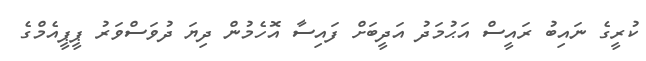
ކުރީގެ ނައިބު ރައީސް އަޙުމަދު އަދީބަށް ފައިސާ އޮހެމުން ދިޔަ ދުވަސްވަރު ޕީޕީއެމްގެ